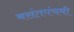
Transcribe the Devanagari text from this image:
बसंतपंचमी